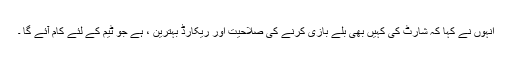
انہوں نے کہا کہ شارٹ کی کہیں بھی بلے بازی کرنے کی صلاحیت اور ریکارڈ بہترین ، ہے جو ٹیم کے لئے کام آئے گا ۔